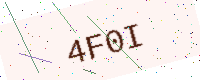
Text: 4F0I